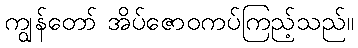
ကျွန်တော် အိပ်ဇောဝကပ်ကြည့်သည်။